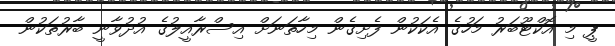
ޕީ މި އޮކްޓޫބަރު މަހުގެ އެކަކުން ފެށިގެން މިހާތަނަށް އިސްރާއީލުގެ އުދުވާނީ ބާރުތަކުން